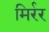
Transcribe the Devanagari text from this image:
मिर्रर